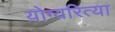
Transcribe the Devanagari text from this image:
योग्यरित्या